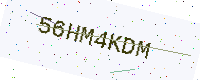
Text: 56HM4KDM